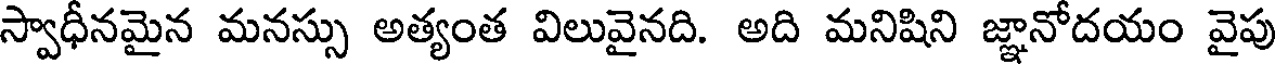
స్వాధీనమైన మనస్సు అత్యంత విలువైనది. అది మనిషిని జ్ఞానోదయం వైపు